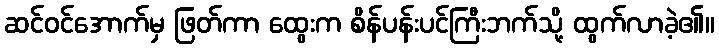
ဆင်ဝင်အောက်မှ ဖြတ်ကာ ထွေးက စိန်ပန်းပင်ကြီးဘက်သို့ ထွက်လာခဲ့၏။